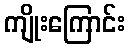
ကျိုးကြောင်း